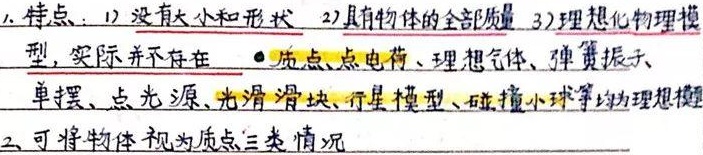
1. 特点：
    - 1）没有大小和形状
    - 2）具有物体的全部质量
    - 3）理想化物理模型，实际并不存在
    - 质点、点电荷、理想气体、弹簧振子、单摆、点光源、光滑滑块、行星模型、碰撞小球等均为理想模型。
2. 可将物体视为质点三类情况